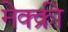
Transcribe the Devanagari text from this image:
मेक्क्री